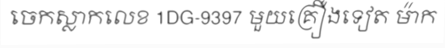
ចេកស្លាកលេខ 1DG-9397 មួយគ្រឿងទៀត ម៉ាក